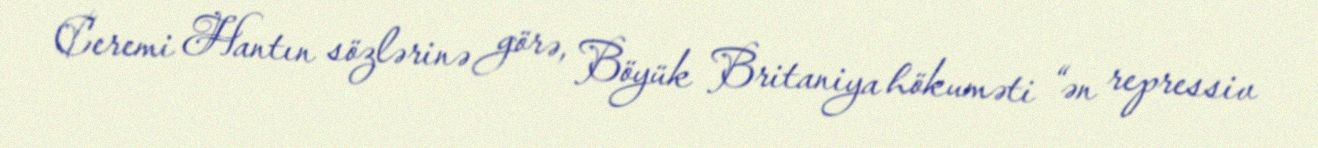
Ceremi Hantın sözlərinə görə, Böyük Britaniya hökuməti “ən repressiv